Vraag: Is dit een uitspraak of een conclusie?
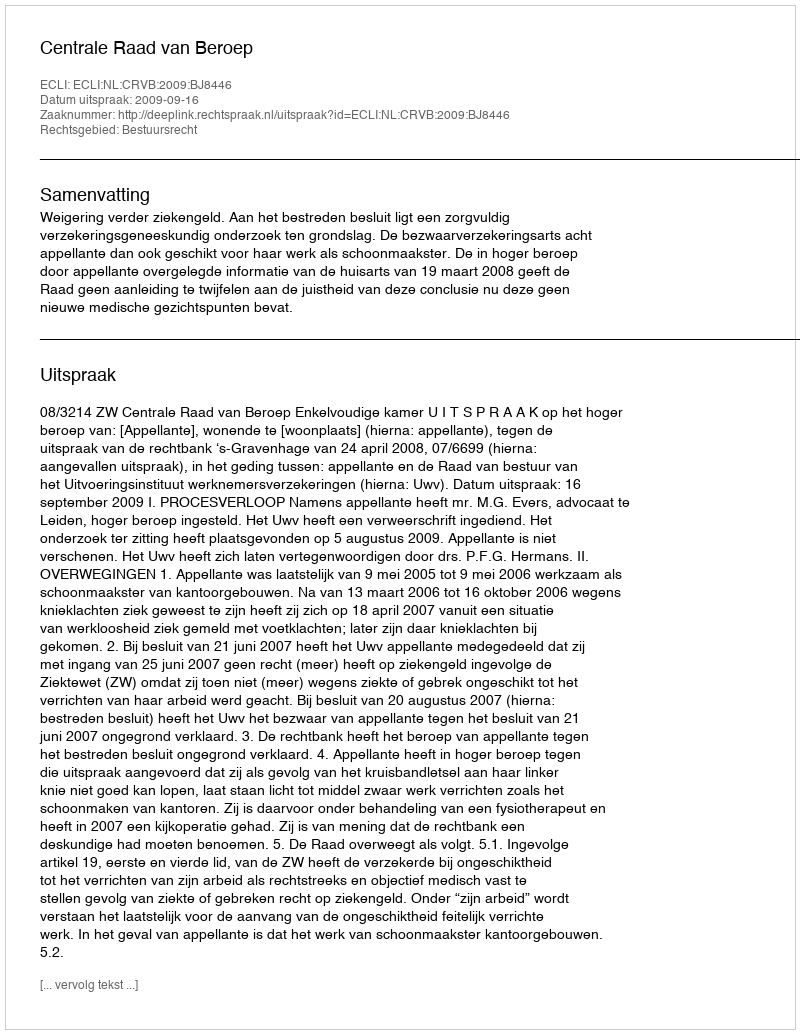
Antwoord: Uitspraak